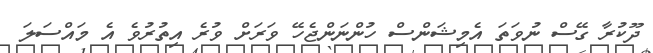
ދޫކުރާ ގޭސް ނުވަތަ އެމިޝަންސް ހުންނަންޖެހޭ ވަރަށް ވުރެ އިތުރުވެ އެ މައްސަލަ